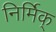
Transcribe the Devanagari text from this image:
निर्मिक्